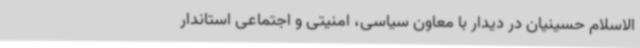
الاسلام حسینیان در دیدار با معاون سیاسی، امنیتی و اجتماعی استاندار